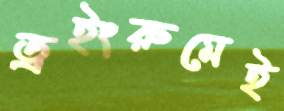
ড্রইংরুমেই